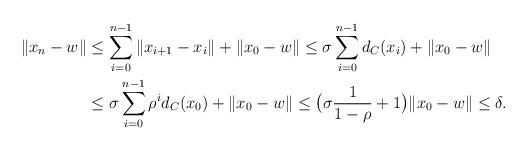
LaTeX: \begin{align*}\|x_n -w\| &\leq \sum_{i=0}^{n-1} \|x_{i+1} -x_i\| +\|x_0 -w\| \leq \sigma\sum_{i=0}^{n-1} d_C(x_i) +\|x_0 -w\| \\&\leq \sigma\sum_{i=0}^{n-1} \rho^i d_C(x_0) +\|x_0 -w\| \leq \big(\sigma\frac{1}{1 -\rho} +1\big)\|x_0 -w\| \leq \delta.\end{align*}